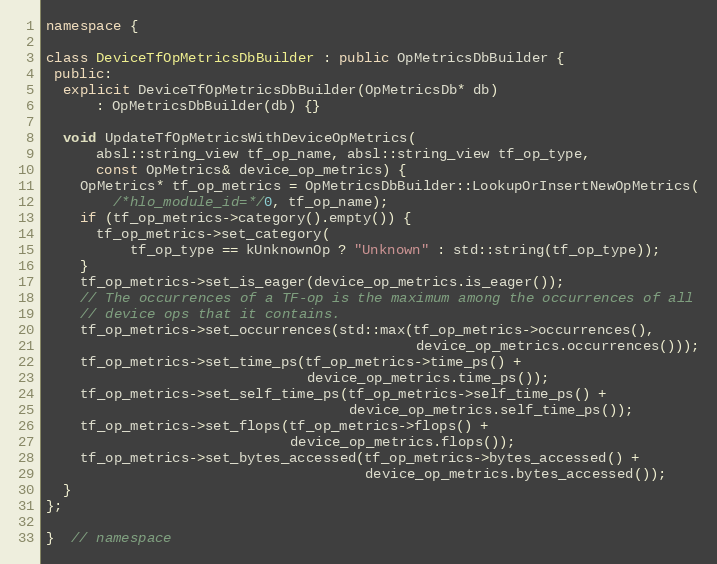
Language: C++
namespace {

class DeviceTfOpMetricsDbBuilder : public OpMetricsDbBuilder {
 public:
  explicit DeviceTfOpMetricsDbBuilder(OpMetricsDb* db)
      : OpMetricsDbBuilder(db) {}

  void UpdateTfOpMetricsWithDeviceOpMetrics(
      absl::string_view tf_op_name, absl::string_view tf_op_type,
      const OpMetrics& device_op_metrics) {
    OpMetrics* tf_op_metrics = OpMetricsDbBuilder::LookupOrInsertNewOpMetrics(
        /*hlo_module_id=*/0, tf_op_name);
    if (tf_op_metrics->category().empty()) {
      tf_op_metrics->set_category(
          tf_op_type == kUnknownOp ? "Unknown" : std::string(tf_op_type));
    }
    tf_op_metrics->set_is_eager(device_op_metrics.is_eager());
    // The occurrences of a TF-op is the maximum among the occurrences of all
    // device ops that it contains.
    tf_op_metrics->set_occurrences(std::max(tf_op_metrics->occurrences(),
                                            device_op_metrics.occurrences()));
    tf_op_metrics->set_time_ps(tf_op_metrics->time_ps() +
                               device_op_metrics.time_ps());
    tf_op_metrics->set_self_time_ps(tf_op_metrics->self_time_ps() +
                                    device_op_metrics.self_time_ps());
    tf_op_metrics->set_flops(tf_op_metrics->flops() +
                             device_op_metrics.flops());
    tf_op_metrics->set_bytes_accessed(tf_op_metrics->bytes_accessed() +
                                      device_op_metrics.bytes_accessed());
  }
};

}  // namespace